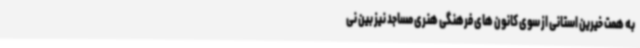
به همت خیرین استانی از سوی کانون های فرهنگی هنری مساجد نیز بین نی